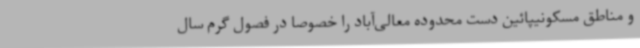
و مناطق مسکونیپائین دست محدوده معالی‌آباد را خصوصا در فصول گرم سال